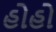
હોહો